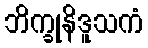
ဘိက္ခုနိဒူသကံ